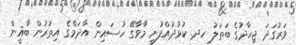
ވަރުގަދަ ޖިހާދުގެ ބަތަލު ހދ. ކުޅުދުއްފުށީ މާވާގޭ ހުސައިން އާދަމްގެ އިތުރުން ބާޣީން